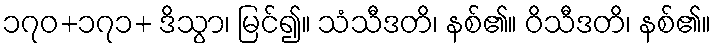
၁၇၀+၁၇၁+ ဒိသွာ၊ မြင်၍။ သံသီဒတိ၊ နစ်၏။ ဝိသီဒတိ၊ နစ်၏။